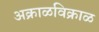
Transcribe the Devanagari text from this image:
अक्राळविक्राळ